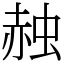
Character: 赨